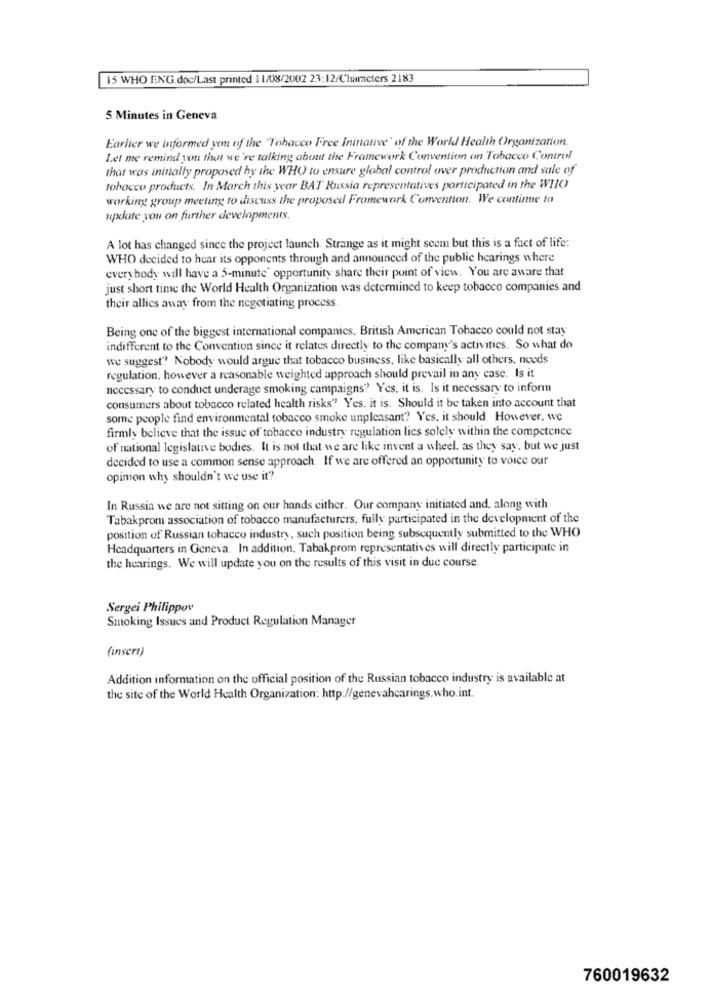
15 WHO :NG.doc/Last printed 1 1/08/2002 23:12/Characters 2183
5 Minutes in Geneva
Earlier we informed yon of the "Tobacco Free Initiative' of the World Health Organization.
Let me remind you that we're talking about the Framework Convention on Tabacco Control
that was initially proposed by the WHO to ensure global control over production and sale of
tobacco products. In March this year BAT Russia representatives participated in the WIIO
working group meeting to discuss the proposed Framework Convention. We continue to
update you on further developments.
A lot has changed since the project launch. Strange as it might seem but this is a fact of life:
WHO decided to hear its opponents through and announced of the public hearings where
everybody will have a 5-minute' opportunity share their point of view. You are aware that
just short time the World Health Organization was determined to keep tobacco companies and
their allies away from the negotiating process
Being one of the biggest international companies. British American Tobacco could not stay
indifferent to the Convention since it relates directly to the company's activities. So what do
we suggest"? Nobody would argue that tobacco business, like basically all others, needs
regulation. however a reasonable weighted approach should prevail in any case. Is it
necessary to conduct underage smoking campaigns ?? Yes, it is. Is it necessary to inform
consumers about tobacco related health risks"? Yes. it is. Should it be taken into account that
some people find environmental tobacco smoke unpleasant? Yes, it should. However, we
firmly believe that the issue of tobacco industry regulation lies solely within the competence
of national legislative bodies. It is not that we are like invent a wheel, as they say, but we just
decided to use a common sense approach. If we are offered an opportunity to voice our
opinion why shouldn't we use it?
In Russia we are not sitting on our hands cither. Our company initiated and. along with
Tabakprom association of tobacco manufacturers, fully participated in the development of the
position of Russian tobacco industry, such position being subsequently submitted to the WHO
Headquarters in Geneva. In addition, Tabakprom representatives will directly participate in
the hearings. We will update you on the results of this visit in due course.
Sergei Philippov
Smoking Issues and Product Regulation Manager
(insert)
Addition information on the official position of the Russian tobacco industry is available at
the site of the World Health Organization: http://genevahcarings.who.int.
760019632